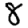
Digit: 8